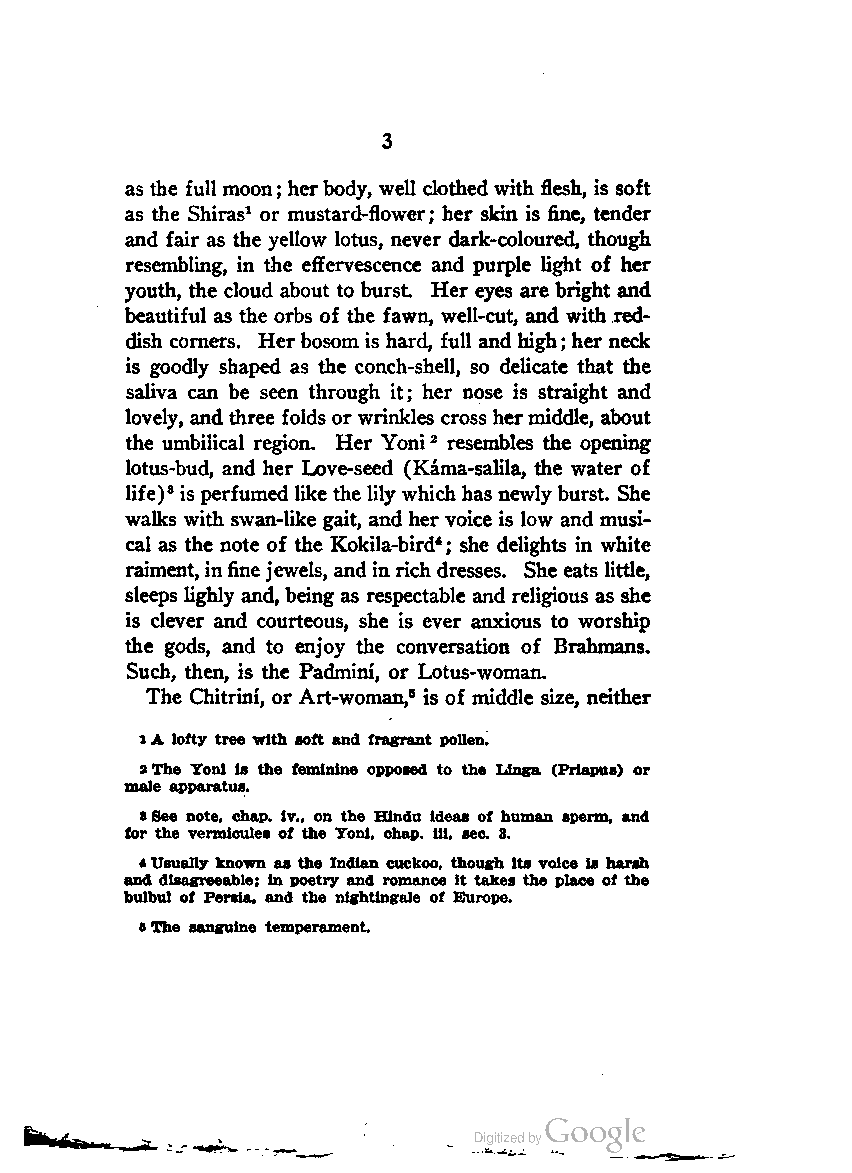
3
 as the full moon; herbody, well clothed with flesh, is soft
 as the Shiras1 or mustard-flower; her skin is fine, tender
 and fair as the yellow lotus, never dark-coloured, though
 resembling, in the effervescence and purple light of her
 youth, the cloud about to burst. Her eyes are bright and
 beautiful as the orbs of the fawn, well-cut, and with red
 dish corners. Her bosom is hard, full and high; her neck
 is goodly shaped as the conch-shell, so delicate that the
 saliva can be seen through it; her nose is straight and
 lovely, and three folds orwrinkles cross hermiddle, about
 the umbilical region. Her Yoni2 resembles the opening
 lotus-bud, and her Love-seed (Kama-salila, the water of
 life)8 is perfumed like the lilywhich has newly burst. She
 walks with swan-like gait, and her voice is low and musi
 cal as the note of the Kokila-bird*; she delights in white
 raiment, infinejewels, and in rich dresses. She eats little,
 sleeps lighly and, being as respectable and religious as she
 is clever and courteous, she is ever anxious to worship
 the gods, and to enjoy the conversation of Brahmans.
 Such, then, is the Padmini, or Lotus-woman.
 The Chitrini, or Art-woman,5 is of middle size, neither
 1A lofty tree with soft and fragrant pollen.
 2The Yonl is the feminine opposed to the Llnga (Prlapus) or
 male apparatus.
 sSee note, chap. iv.p on the Hindu ideas of human sperm, and
 for the vermlcules of the Yonl, chap. Hi, sec. 3.
 *Usually known as the Indian cuckoo, though its voice is harsh
 and disagreeable; in poetry and romance it takes the place of the
 bulbul of Persia, and the nightingale of Europe.
 BThe sanguine temperament.